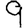
Digit: 9